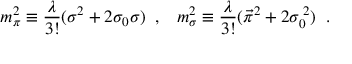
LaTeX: m _ { \pi } ^ { 2 } \equiv \frac { \lambda } { 3 ! } ( \sigma ^ { 2 } + 2 \sigma _ { 0 } \sigma ) \; \; , \; \; \; m _ { \sigma } ^ { 2 } \equiv \frac { \lambda } { 3 ! } ( \vec { \pi } ^ { 2 } + 2 \sigma _ { 0 } ^ { \; 2 } ) \; \; .